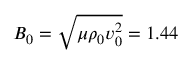
B _ { 0 } = \sqrt { \mu \rho _ { 0 } v _ { 0 } ^ { 2 } } = 1 . 4 4